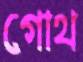
গোথ